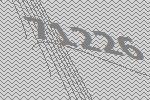
71226